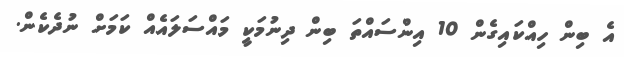
އެ ބިން ހިއްކައިގެން 10 އިންސައްތަ ބިން ދިނުމަކީ މައްސަލައެއް ކަމަށް ނުދެކެން.